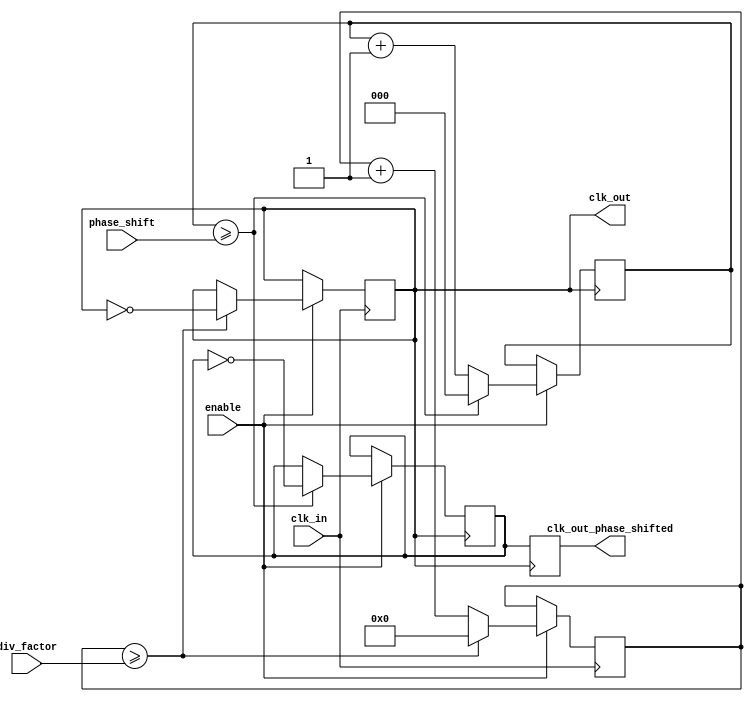
module programmable_clock_buffer (
    input wire clk_in,                 // Input Clock Signal
    input wire [3:0] div_factor,       // Programmable Division Factor (1-15)
    input wire [2:0] phase_shift,      // Programmable Phase Shift (0-7)
    input wire enable,                 // Enable Output
    output reg clk_out,                // Output Clock Signal
    output reg clk_out_phase_shifted   // Output Clock Signal with Phase Shift
);

// Internal registers
reg [3:0] counter;                   // Divider Counter
reg [3:0] div_count;                 // Division Count for Frequency Division
reg clk_enable;                      // Internal Enable Signal
reg clk_temp;                        // Temporary Clock Signal for Phase Adjustment
reg [2:0] phase_counter;             // Phase shift counter

// Clock Division Logic
always @(posedge clk_in) begin
    if (enable) begin
        div_count <= div_count + 1; // Increment the division count
        if (div_count >= div_factor) begin
            clk_out <= ~clk_out;        // Toggle the output clock at the desired frequency
            div_count <= 0;             // Reset the division count
        end
    end
end

// Phase Shifting Logic
always @(posedge clk_out) begin
    if (enable) begin
        phase_counter <= phase_counter + 1; // Increment phase adjustment counter
        
        // Output clock with phase shift
        if (phase_counter >= phase_shift) begin
            clk_temp <= ~clk_temp;               // Toggle temp clock based on phase
            phase_counter <= 0;                  // Reset phase counter
        end
    end
end

always @(posedge clk_out) begin
    clk_out_phase_shifted <= clk_temp; // Assign phase shifted clock to output
end

// Output Enable
always @(posedge clk_in) begin
    clk_enable <= enable;                // Latch enable state
end

endmodule